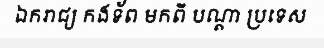
ឯករាជ្យ កងទ័ព មកពី បណ្តា ប្រទេស